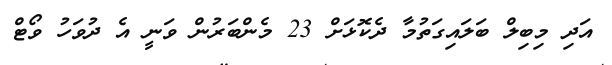
އަދި މިބިލް ބަލައިގަތުމާ ދެކޮޅަށް 23 މެންބަރުން ވަނީ އެ ދުވަހު ވޯޓް